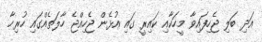
އަދި ބަލި ޖެހިފައިވާ މީހަކާއި ކައިރީ ގައި އުޅެން ޖެހިއްޖެ ހާލަތެއްގައި ހުރިހާ